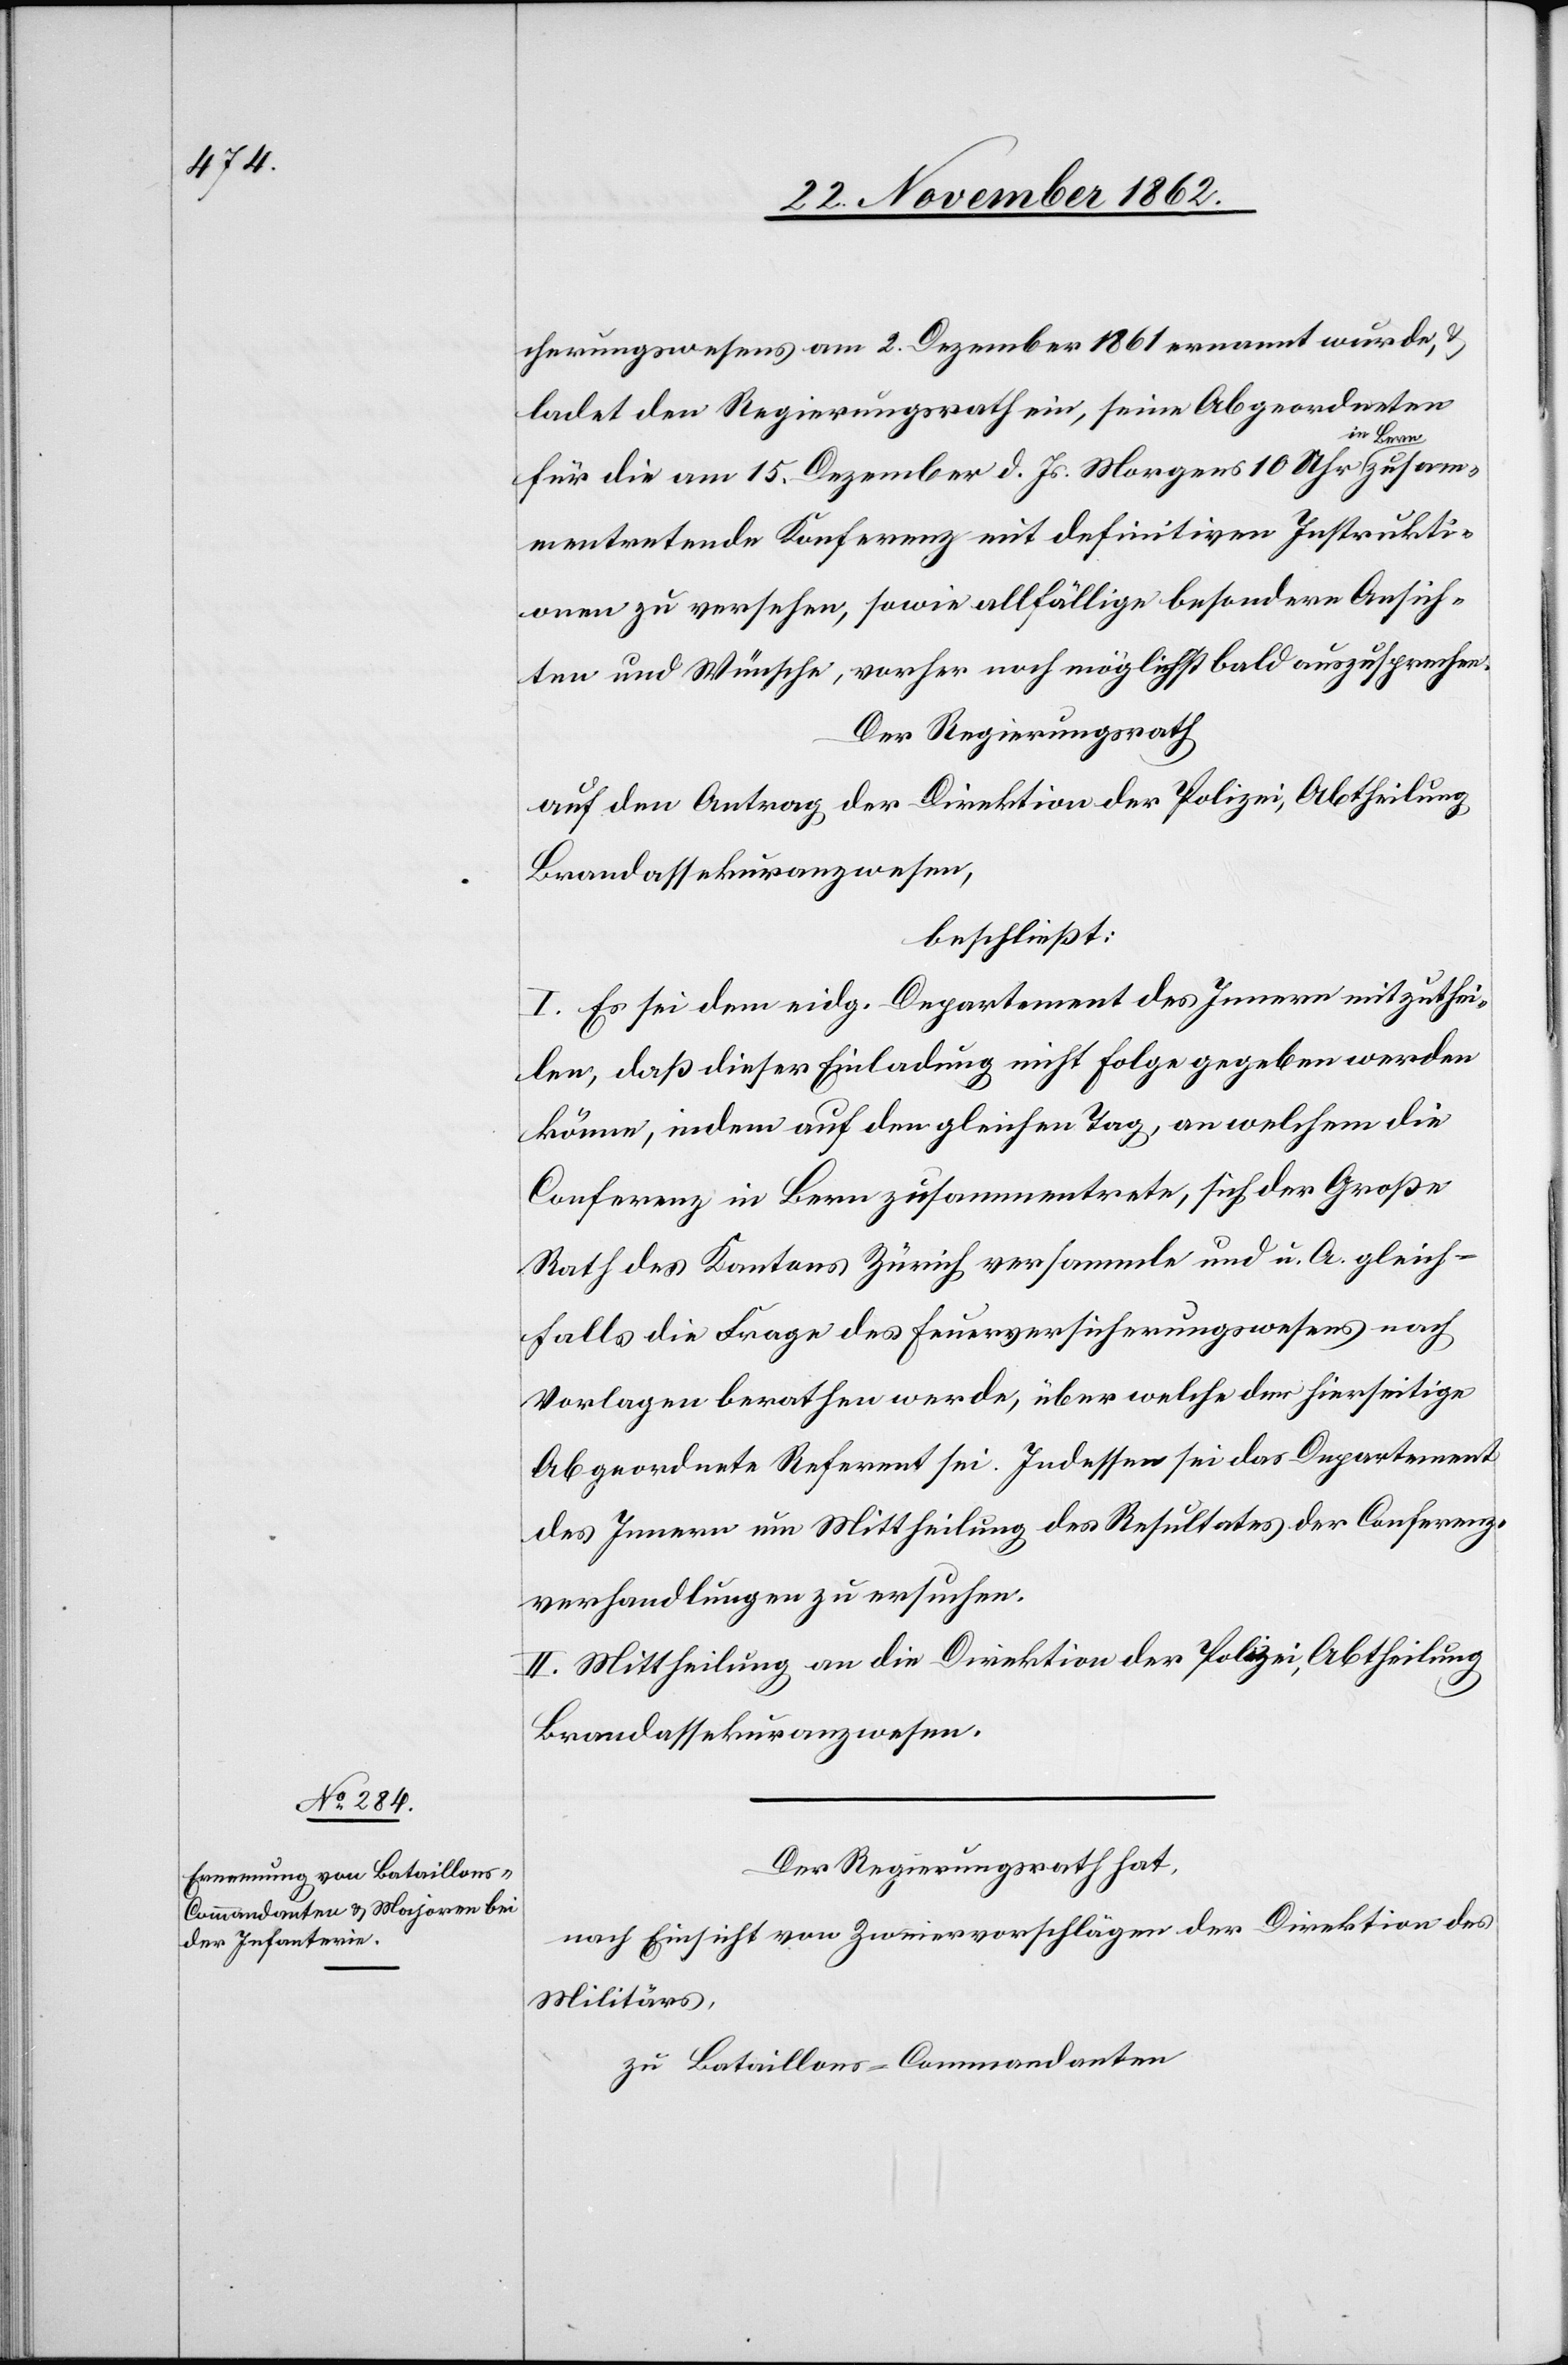
cherungswesens am 2. Dezember 1861 ernannt wurde, u.
ladet den Regierungsrath ein, seine Abgeordneten
Bern zusam¬
für die am 15. Dezember d. Js. Morgens 10 Uhr in
mentretende Konferenz mit definitiven Instrukti¬
onen zu versehen, sowie allfällige besondere Ansich¬
ten und Wünsche, vorher noch möglichst bald auszusprechen.
Der Regierungsrath
auf den Antrag der Direktion der Polizei, Abtheilung
Brandassekuranzwesen,
beschließt:
I. Es sei dem eidg. Departement des Innern mitzuthei¬
len, daß dieser Einladung nicht Folge gegeben werden
könne, indem auf den gleichen Tag, an welchem die
Conferenz in Bern zusammentrete, sich der Große
Rath des Kantons Zürich versammle und u. A. gleich¬
falls die Frage des Feuerversicherungswesens nach
Vorlagen berathen werde, über welche der hierseitige
Abgeordnete Referent sei. Indessen sei das Departement
des Innern um Mittheilung des Resultates der Conferenz¬
verhandlungen zu ersuchen.
II. Mittheilung an die Direktion der Polizei, Abtheilung
Brandassekuranzwesen.
Der Regierungsrath hat,
nach Einsicht von Zweiervorschlägen der Direktion des
Militärs,
zu Bataillons-Commandanten